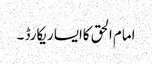
امام الحق کاایسا ریکارڈ ۔